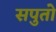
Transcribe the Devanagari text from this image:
सपुतो